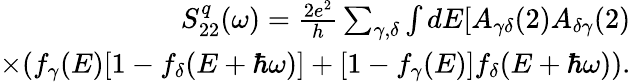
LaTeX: \begin{array}{r}{S_{22}^{q}(\omega)=\frac{2e^{2}}{h}\sum_{\gamma,\delta}\int dE[A_{\gamma\delta}(2)A_{\delta\gamma}(2)}\\ {\times(f_{\gamma}(E)[1-f_{\delta}(E+\hbar\omega)]+[1-f_{\gamma}(E)]f_{\delta}(E+\hbar\omega)).}\end{array}